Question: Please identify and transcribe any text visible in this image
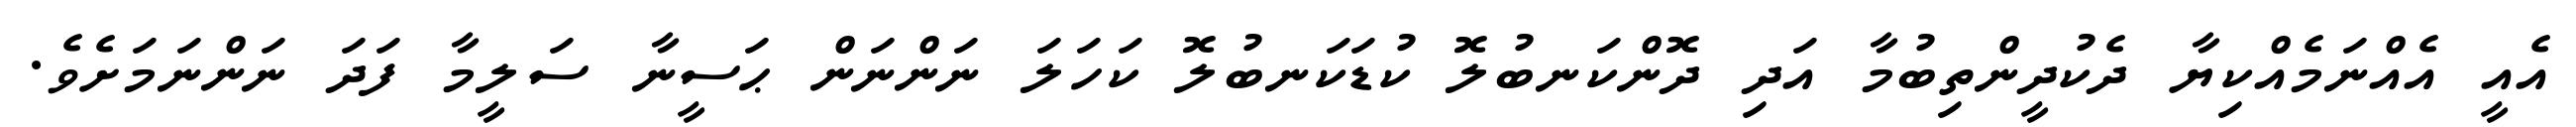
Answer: އެއީ އެއްނަމެއްކިޔާ ދެކުދީންތިބުމާ އަދި ދޮންކަނބުލޮ ކުޑަކަނބުލޮ ކަހަލަ ނަންނަން ޙަސީނާ ސަލީމާ ފަދަ ނަންނަމަށެވެ.